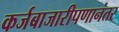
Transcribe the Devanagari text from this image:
कर्जबाजारीपणानंतर